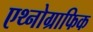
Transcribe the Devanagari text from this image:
एथ्नोग्राफिक